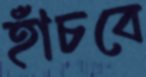
হাঁচবে